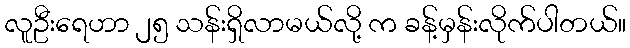
လူဦးရေဟာ ၂၅ သန်းရှိလာမယ်လို့ က ခန့်မှန်းလိုက်ပါတယ်။